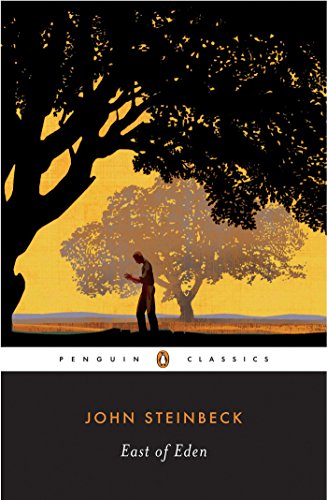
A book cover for East of Eden (Penguin Twentieth Century Classics); John Steinbeck; Literature & Fiction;